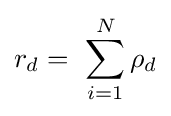
r_{d}=\ \sum _{i=1}^{N}{{\rho }_{d}}